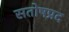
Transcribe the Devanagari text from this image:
सतोषप्रद